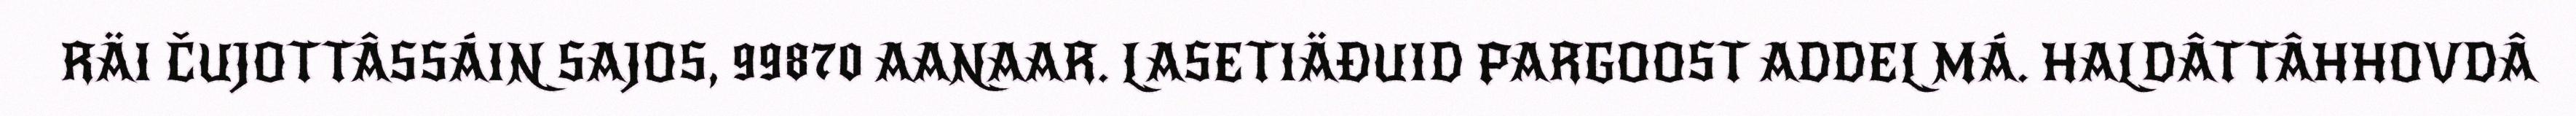
RÄI ČUJOTTÂSSÁIN SAJOS, 99870 AANAAR. LASETIÄĐUID PARGOOST ADDEL MÁ. HALDÂTTÂHHOVDÂ